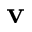
{ \bf v }